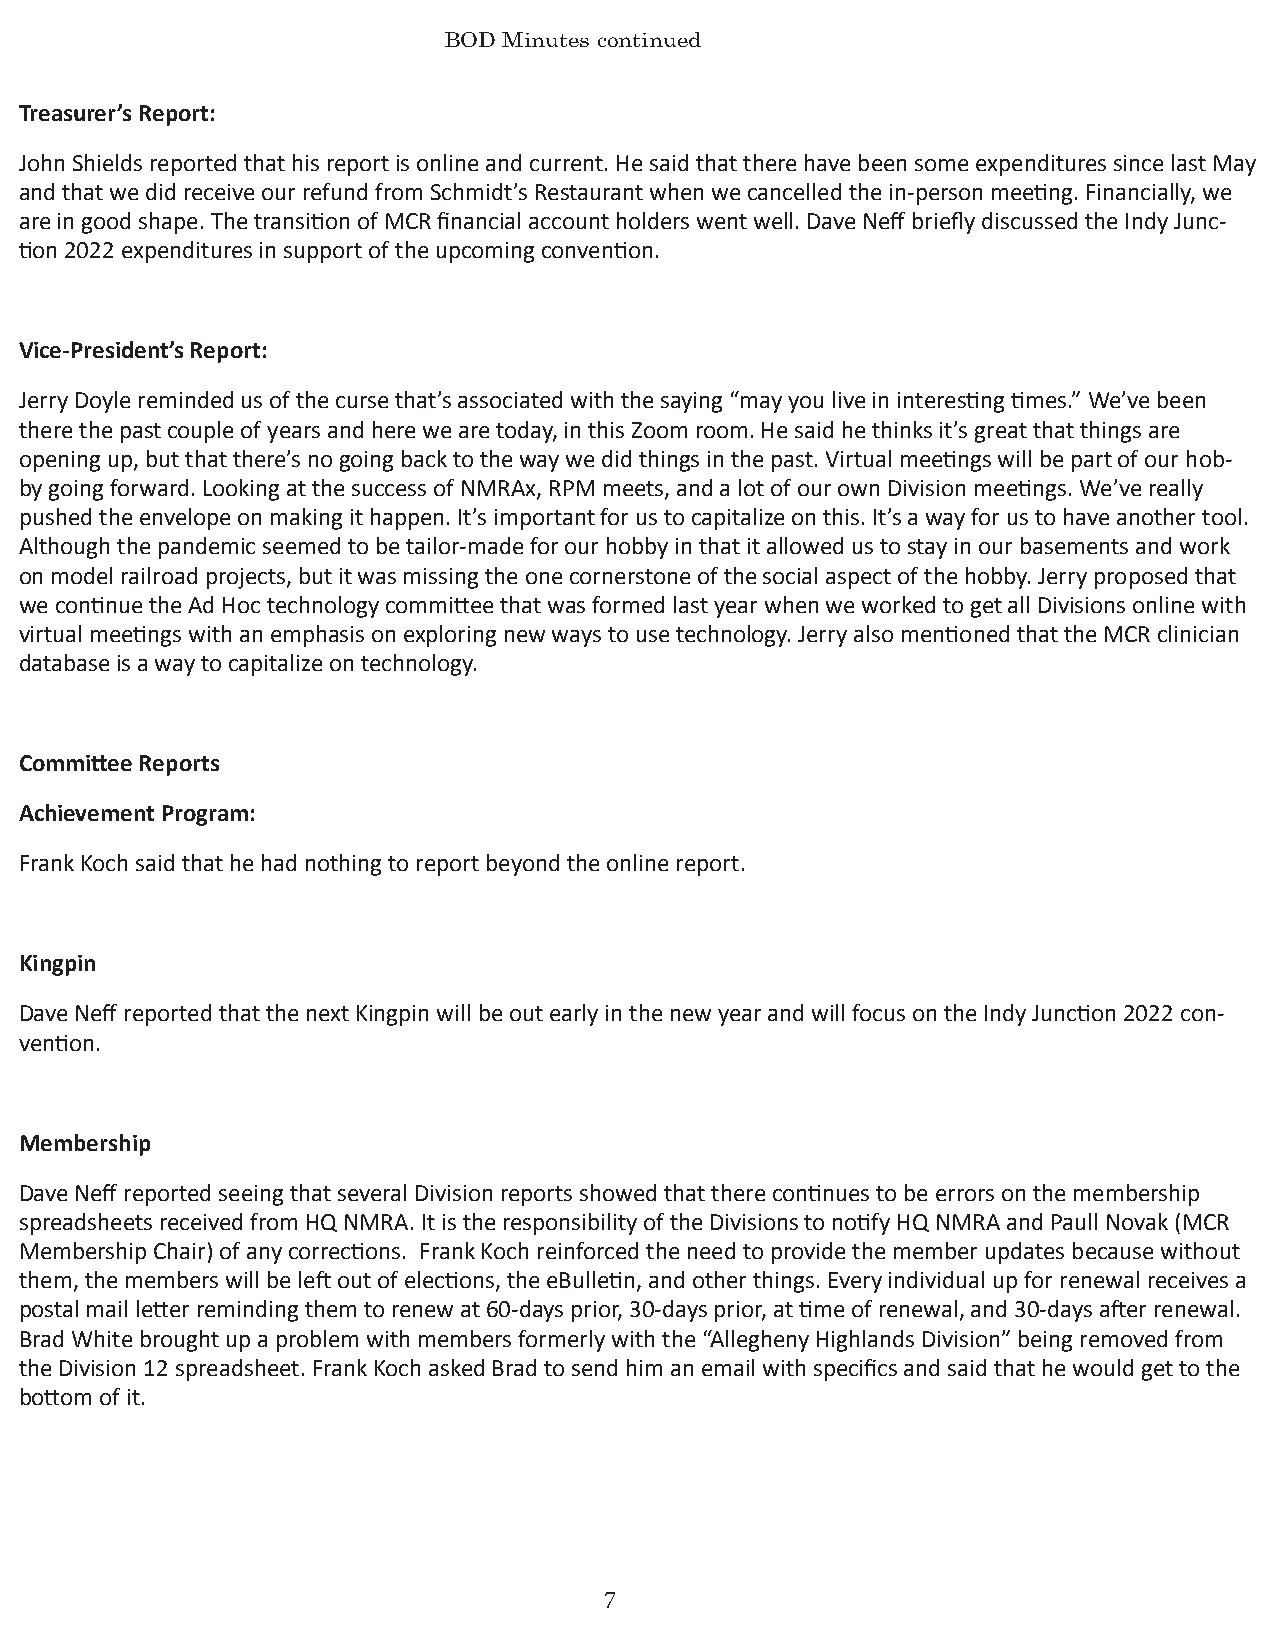
BOD Minutes continued
 Treasurer’s Report:
 John Shields reported that his report is online and current. He said that there have been some expenditures since last May
 and that we did receive our refund from Schmidt’s Restaurant when we cancelled the in-person meeting. Financially, we
 are in good shape. The transition of MCR financial account holders went well. Dave Neff briefly discussed the Indy Junc-
 tion 2022 expenditures in support of the upcoming convention.
 Vice-President’s Report:
 Jerry Doyle reminded us of the curse that’s associated with the saying “may you live in interesting times.” We’ve been
 there the past couple of years and here we are today, in this Zoom room. He said he thinks it’s great that things are
 opening up, but that there’s no going back to the way we did things in the past. Virtual meetings will be part of our hob-
 by going forward. Looking at the success of NMRAx, RPM meets, and a lot of our own Division meetings. We’ve really
 pushed the envelope on making it happen. It’s important for us to capitalize on this. It’s a way for us to have another tool.
 Although the pandemic seemed to be tailor-made for our hobby in that it allowed us to stay in our basements and work
 on model railroad projects, but it was missing the one cornerstone of the social aspect of the hobby. Jerry proposed that
 we continue the Ad Hoc technology committee that was formed last year when we worked to get all Divisions online with
 virtual meetings with an emphasis on exploring new ways to use technology. Jerry also mentioned that the MCR clinician
 database is a way to capitalize on technology.
 Committee Reports
 Achievement Program:
 Frank Koch said that he had nothing to report beyond the online report.
 Kingpin
 Dave Neff reported that the next Kingpin will be out early in the new year and will focus on the Indy Junction 2022 con-
 vention.
 Membership
 Dave Neff reported seeing that several Division reports showed that there continues to be errors on the membership
 spreadsheets received from HQ NMRA. It is the responsibility of the Divisions to notify HQ NMRA and Paull Novak (MCR
 Membership Chair) of any corrections. Frank Koch reinforced the need to provide the member updates because without
 them, the members will be left out of elections, the eBulletin, and other things. Every individual up for renewal receives a
 postal mail letter reminding them to renew at 60-days prior, 30-days prior, at time of renewal, and 30-days after renewal.
 Brad White brought up a problem with members formerly with the “Allegheny Highlands Division” being removed from
 the Division 12 spreadsheet. Frank Koch asked Brad to send him an email with specifics and said that he would get to the
 bottom of it.
 7